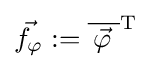
{\vec {f_{\varphi }}}:={\overline {\,{\vec {\varphi }}\,\,}}^{\operatorname {T} }